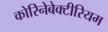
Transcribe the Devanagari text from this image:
कोरिनेबेक्टीरियम